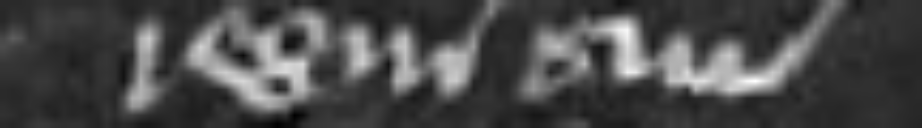
regni sui